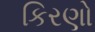
કિરણો